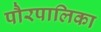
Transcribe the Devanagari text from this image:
पौरपालिका